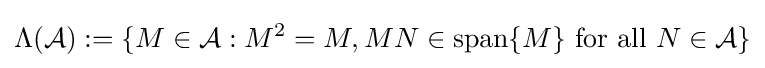
\Lambda ({\mathcal {A}}):=\{M\in {\mathcal {A}}:M^{2}=M,MN\in \operatorname {span} \{M\}{\text{ for all }}N\in {\mathcal {A}}\}